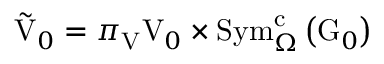
\tilde { \mathrm { V } } _ { 0 } = \pi _ { \mathrm { V } } \mathrm { V } _ { 0 } \times \mathrm { S y m } _ { \Omega } ^ { \mathrm { c } } \left( \mathrm { G } _ { 0 } \right)